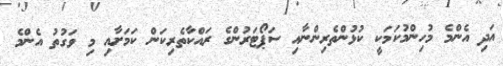
އަދި އެންމެ މުހިންމުކަމަކީ ކުޅުންތެރިންނާއި ސަޕޯޓަރުންގެ ރައްކާތެރިކަން ކަމަށާއި މި ވަގުތު އެންމެ